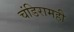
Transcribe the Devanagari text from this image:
चंडिरामही